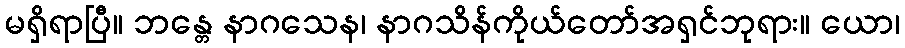
မရှိရာပြီ။ ဘန္တေ နာဂသေန၊ နာဂသိန်ကိုယ်တော်အရှင်ဘုရား။ ယော၊